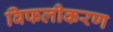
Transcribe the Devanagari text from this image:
विफलीकरण